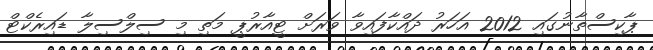
ޕާކިސްތާނުގައި 2012 އަހަރު ދައްކާފައިވާ ވަރަށް ޓީއާރުޕީ މަތި މި ސިލްސިލާ ޑައިރެކްޓް